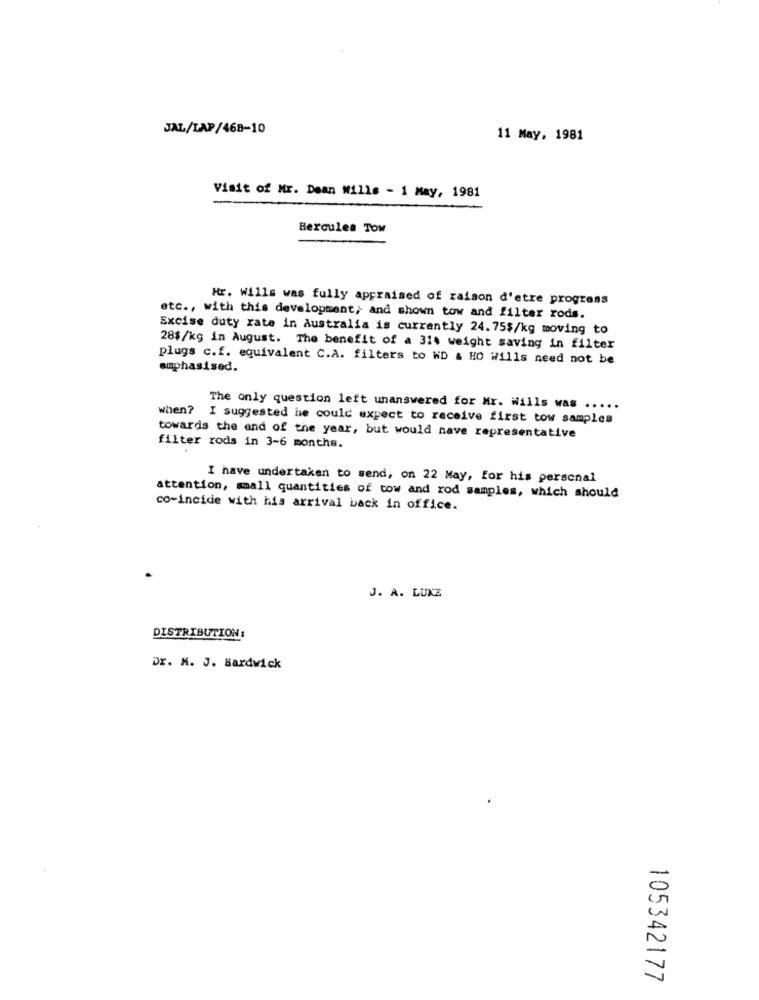
JAL/LAP/468-10
11 May, 1981
Visit of Mr. Dean Wills - 1 May, 1981
Hercules Tow
Mr. Wills was fully appraised of raison d'etre progress
etc ., with this development> and shown tow and filter rods.
Excise duty rate in Australia is currently 24.75$/kg moving to
28$/kg in August. The benefit of a 314 weight saving in filter
plugs c.f. equivalent C.A. filters to WD & HO Wills need not be
emphasised.
The only question left unanswered for Mr. Wills was .....
when? I suggested he could expect to receive first tow samples
towards the end of the year, but would have representative
filter rods in 3-6 months.
I have undertaken to send, on 22 May, for his personal
attention, small quantities of tow and rod samples, which should
co-incide with his arrival back in office.
J. A. LUXZ
DISTRIBUTION:
Dr. N. J. Bardwick
105342177